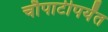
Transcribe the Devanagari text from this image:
चौपाटीपर्यंत